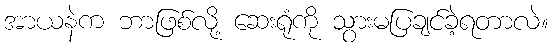
အာယနဲက ဘာဖြစ်လို့ ဆေးရုံကို သွားမပြချင်ခဲ့ရတာလဲ။